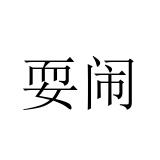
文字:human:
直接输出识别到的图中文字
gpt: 耍闹